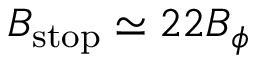
B _ { \mathrm { s t o p } } \simeq 2 2 B _ { \phi }